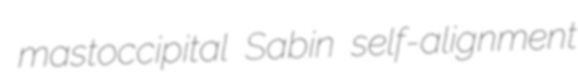
mastoccipital Sabin self-alignment